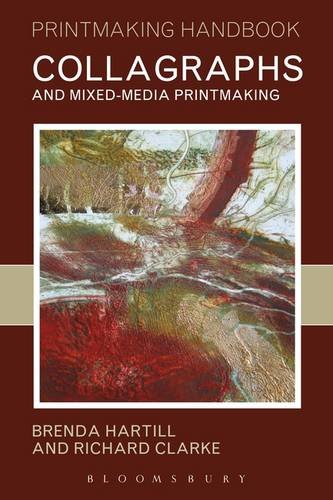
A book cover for Collagraphs and Mixed-Media Printmaking (Printmaking Handbooks); Brenda Hartill; Arts & Photography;